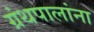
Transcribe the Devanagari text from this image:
ग्रंथपालांना